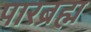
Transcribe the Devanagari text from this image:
पारब्रह्म